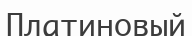
Платиновый